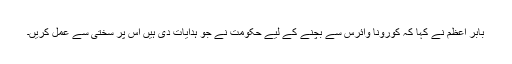
بابر اعظم نے کہا کہ کورونا وائرس سے بچنے کے لیے حکومت نے جو ہدایات دی ہیں اُس پر سختی سے عمل کریں۔